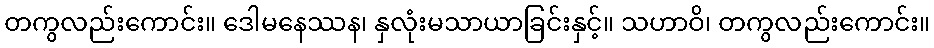
တကွလည်းကောင်း။ ဒေါမနေဿန၊ နှလုံးမသာယာခြင်းနှင့်။ သဟာဝိ၊ တကွလည်းကောင်း။